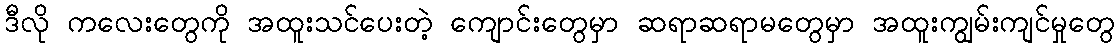
ဒီလို ကလေးတွေကို အထူးသင်ပေးတဲ့ ကျောင်းတွေမှာ ဆရာဆရာမတွေမှာ အထူးကျွမ်းကျင်မှုတွေ